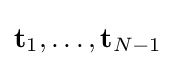
{\mathbf {t} }_{1},\dots ,{\mathbf {t} }_{N-1}